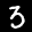
Label: 3